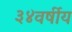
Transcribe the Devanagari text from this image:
३४वर्षीय